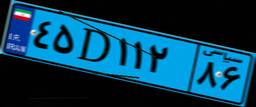
۰۶D۷۹۸۴۶